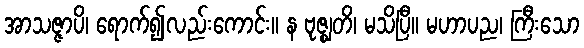
အာသဇ္ဇာပိ၊ ရောက်၍လည်းကောင်း။ န ဗုဇ္ဈတိ၊ မသိပြီ။ မဟာပည၊ ကြီးသော